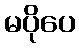
မပိုပေ